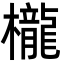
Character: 櫳